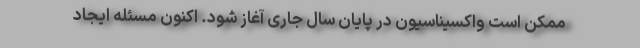
ممکن است واکسیناسیون در پایان سال جاری آغاز شود. اکنون مسئله ایجاد